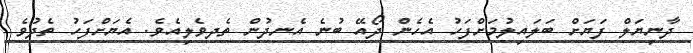
ދާނިޔަލް ފަޔަށް ބަލައިލުމަށްފަހު އެހެން ދޯއޭ ބުނެ އެނދުން ތެދވެލިއެވެ. އެޔަށްފަހު ތެދުވެ